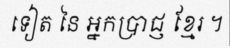
ទៀត នៃ អ្នកប្រាជ្ញ ខ្មែរ ។